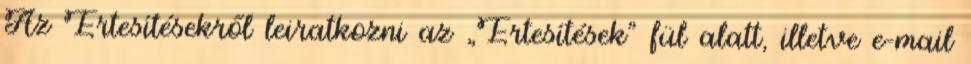
Az Értesítésekről leiratkozni az „Értesítések” fül alatt, illetve e-mail